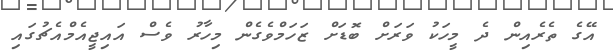
އޭގެ ތެރެއިން ދެ މީހަކު ވަރަށް ބޮޑަށް ޒަހަމްވެގެން މިހާރު ވެސް އައިޖީއެމްއެޗުގައި